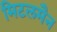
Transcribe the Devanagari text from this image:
मिटलमैन